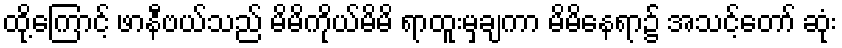
ထို့ကြောင့် ဖာနီဗယ်သည် မိမိကိုယ်မိမိ ရာထူးမှချကာ မိမိနေရာ၌ အသင့်တော် ဆုံး